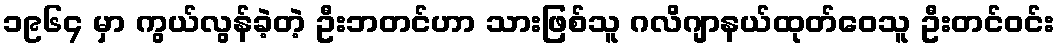
၁၉၆၄ မှာ ကွယ်လွန်ခဲ့တဲ့ ဦးဘတင်ဟာ သားဖြစ်သူ ဂလိဂျာနယ်ထုတ်ဝေသူ ဦးတင်ဝင်း